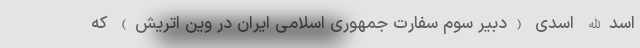
اسدالله اسدی (دبیر سوم سفارت جمهوری اسلامی ایران در وین اتریش) که